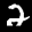
Label: 2